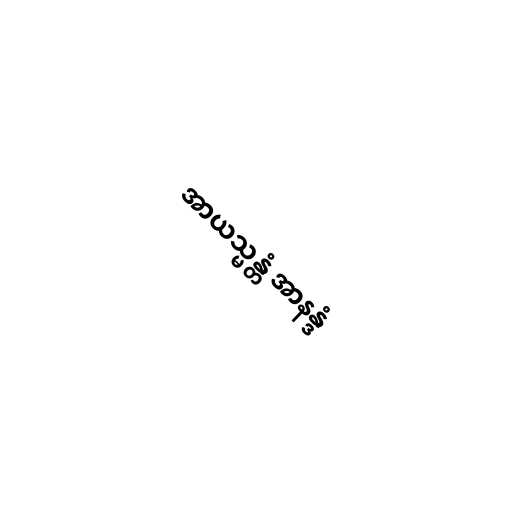
အာယသ္မန္တံ အာနန္ဒံ